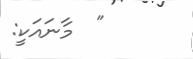
"  މާނައަކީ: